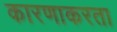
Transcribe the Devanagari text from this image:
कारणाकरता